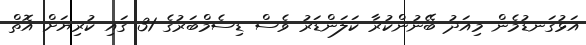
އަޅުގަނޑުމެން މިއަދު ބޭނުންކުރާ ކަލަންޑަރު ވެސް ޑިސެމްބަރުގެ 31 ގައި ކުރިޔަށް އޮތް